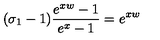
( \sigma _ { 1 } - 1 ) \frac { e ^ { x w } - 1 } { e ^ { x } - 1 } = e ^ { x w }